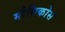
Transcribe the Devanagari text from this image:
मौसिकोस